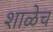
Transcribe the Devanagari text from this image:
शाळेच